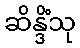
ဆိန္ဒိံသု